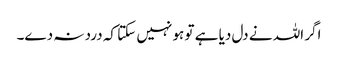
اگر اللہ نے دل دیا ہے تو ہو نہیں سکتا کہ درد نہ دے۔